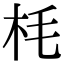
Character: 枆